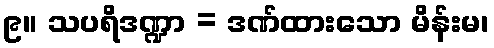
၉။ သပရိဒဏ္ဍာ = ဒဏ်ထားသော မိန်းမ၊